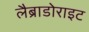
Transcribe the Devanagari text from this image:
लैब्राडोराइट